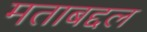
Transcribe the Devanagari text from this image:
मताबद्दल